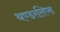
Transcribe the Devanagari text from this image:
थण्डरलिप्स